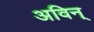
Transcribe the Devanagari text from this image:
अविन्